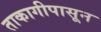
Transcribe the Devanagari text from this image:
ताकागीपासून